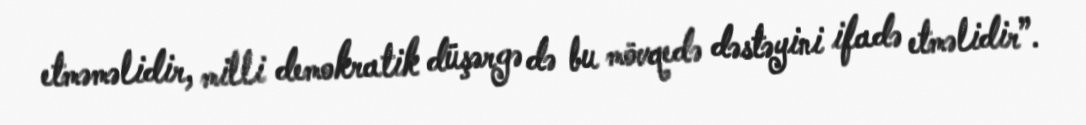
etməməlidir, milli demokratik düşərgə də bu mövqedə dəstəyini ifadə etməlidir”.